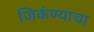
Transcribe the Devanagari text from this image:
जिकंण्याचा